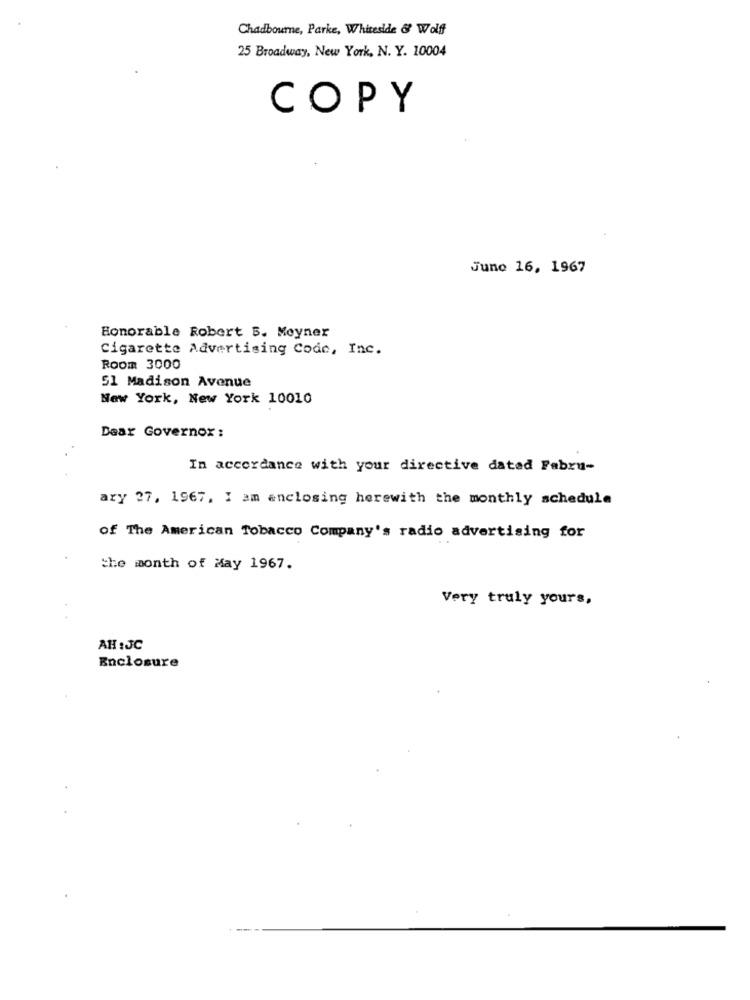
Chadbourne, Parke, Whiteside & Wolff
25 Broadway, New York, N. Y. 10004
COPY
June 16, 1967
Honorable Robert 5. Meyner
Cigarette Advertising Code, Inc.
Room 3000
51 Madison Avenue
New York, New York 10010
Daar Governox :
In accordance with your directive dated Fabru-
ary 27, 1967, I am enclosing herewith the monthly schedule
of The American Tobacco Company's radio advertising for
the month of May 1967.
Very truly yours,
AH :JC
Enclosure